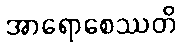
အာရောစေဿတိ